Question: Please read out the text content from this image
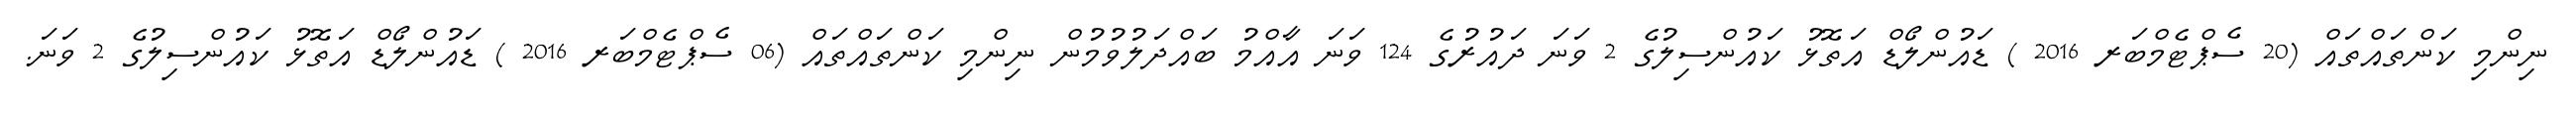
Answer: ނިންމި ކަންތައްތައް (20 ސެޕްޓެމްބަރ 2016 ) ޑައުންލޯޑް އަތޮޅު ކައުންސިލުގެ 2 ވަނަ ދައުރުގެ 124 ވަނަ އާއްމު ބައްދަލުވުމުން ނިންމި ކަންތައްތައް (06 ސެޕްޓެމްބަރ 2016 ) ޑައުންލޯޑް އަތޮޅު ކައުންސިލުގެ 2 ވަނަ.